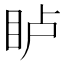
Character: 𪾦